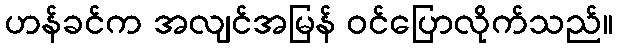
ဟန်ခင်က အလျင်အမြန် ဝင်ပြောလိုက်သည်။